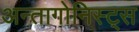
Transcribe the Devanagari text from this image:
अन्तागोनिस्ट्स